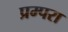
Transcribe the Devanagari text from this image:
प्रम्परा